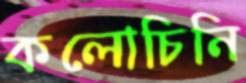
কলোচিনি